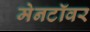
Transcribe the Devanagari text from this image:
मेनटॉवर